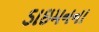
ડાઇમનના